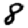
Digit: 8